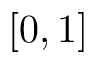
[ 0 , 1 ]